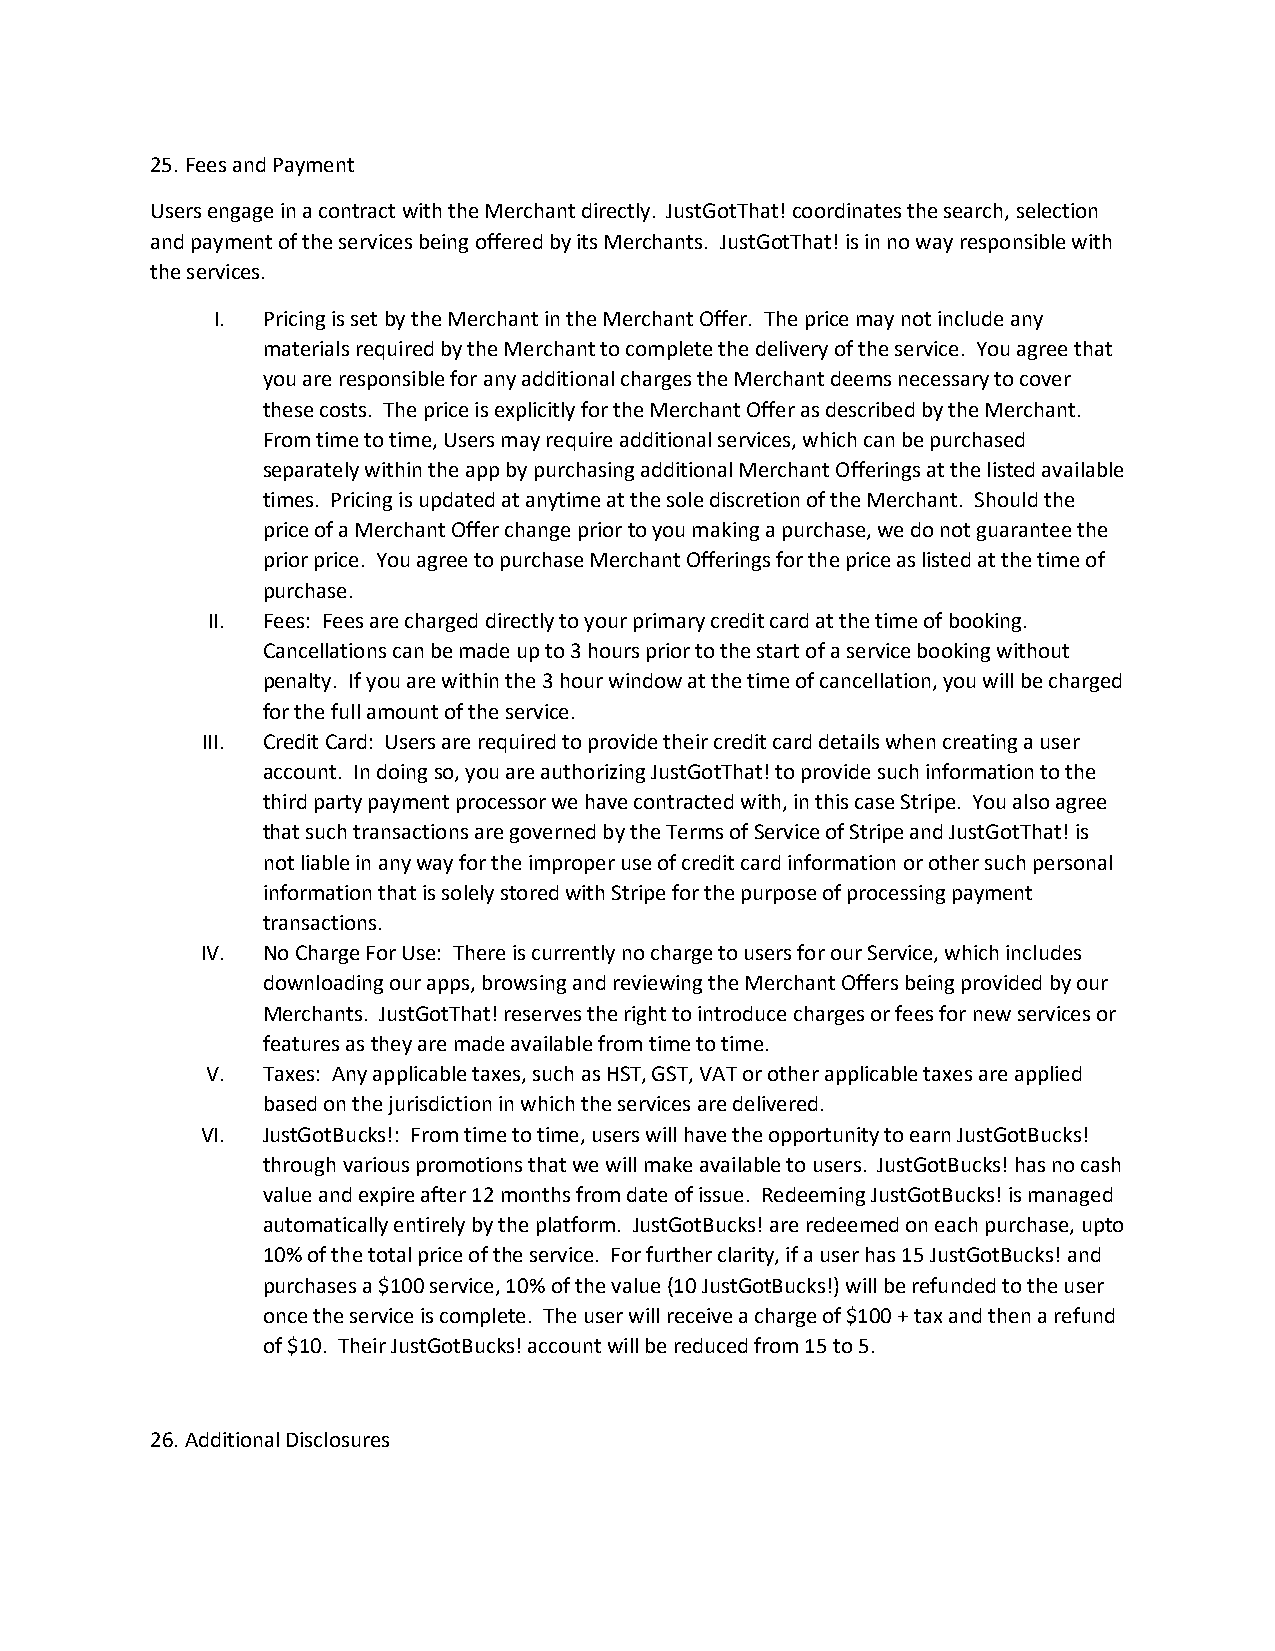
25. Fees and Payment
 Users engage in a contract with the Merchant directly. JustGotThat! coordinates the search, selection
 and payment of the services being offered by its Merchants. JustGotThat! is in no way responsible with
 the services.
 I. Pricing is set by the Merchant in the Merchant Offer. The price may not include any
 materials required by the Merchant to complete the delivery of the service. You agree that
 you are responsible for any additional charges the Merchant deems necessary to cover
 these costs. The price is explicitly for the Merchant Offer as described by the Merchant.
 From time to time, Users may require additional services, which can be purchased
 separately within the app by purchasing additional Merchant Offerings at the listed available
 times. Pricing is updated at anytime at the sole discretion of the Merchant. Should the
 price of a Merchant Offer change prior to you making a purchase, we do not guarantee the
 prior price. You agree to purchase Merchant Offerings for the price as listed at the time of
 purchase.
 II. Fees: Fees are charged directly to your primary credit card at the time of booking.
 Cancellations can be made up to 3 hours prior to the start of a service booking without
 penalty. If you are within the 3 hour window at the time of cancellation, you will be charged
 for the full amount of the service.
 III. Credit Card: Users are required to provide their credit card details when creating a user
 account. In doing so, you are authorizing JustGotThat! to provide such information to the
 third party payment processor we have contracted with, in this case Stripe. You also agree
 that such transactions are governed by the Terms of Service of Stripe and JustGotThat! is
 not liable in any way for the improper use of credit card information or other such personal
 information that is solely stored with Stripe for the purpose of processing payment
 transactions.
 IV. No Charge For Use: There is currently no charge to users for our Service, which includes
 downloading our apps, browsing and reviewing the Merchant Offers being provided by our
 Merchants. JustGotThat! reserves the right to introduce charges or fees for new services or
 features as they are made available from time to time.
 V. Taxes: Any applicable taxes, such as HST, GST, VAT or other applicable taxes are applied
 based on the jurisdiction in which the services are delivered.
 VI. JustGotBucks!: From time to time, users will have the opportunity to earn JustGotBucks!
 through various promotions that we will make available to users. JustGotBucks! has no cash
 value and expire after 12 months from date of issue. Redeeming JustGotBucks! is managed
 automatically entirely by the platform. JustGotBucks! are redeemed on each purchase, upto
 10% of the total price of the service. For further clarity, if a user has 15 JustGotBucks! and
 purchases a $100 service, 10% of the value (10 JustGotBucks!) will be refunded to the user
 once the service is complete. The user will receive a charge of $100 + tax and then a refund
 of $10. Their JustGotBucks! account will be reduced from 15 to 5.
 26. Additional Disclosures